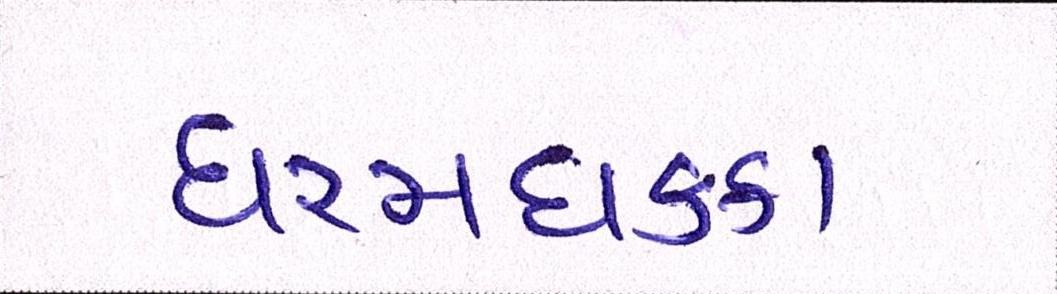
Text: ધરમધકકા